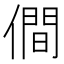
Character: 僴